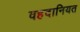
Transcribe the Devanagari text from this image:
वहदानियत